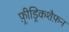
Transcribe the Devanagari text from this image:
फ़्रीड्रिकशैफ़न